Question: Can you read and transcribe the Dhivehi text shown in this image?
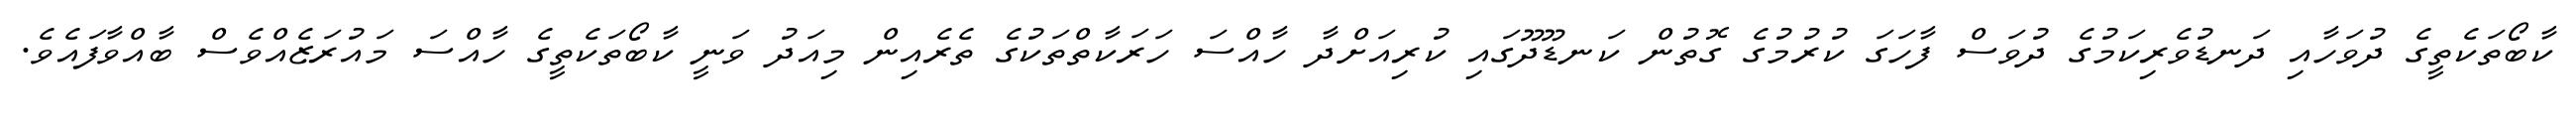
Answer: ކާބޯތަކެތީގެ ދުވަހާއި ދަނޑުވެރިކަމުގެ ދުވަސް ފާހަގަ ކުރުމުގެ ގޮތުން ކަނޑޫދޫގައި ކުރިއަށްދާ ހާއްސަ ހަރަކާތްތަކުގެ ތެރެއިން މިއަދު ވަނީ ކާބޯތަކެތީގެ ހާއްސަ މައުރަޒެއްވެސް ބާއްވާފައެވެ.